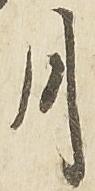
月